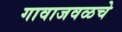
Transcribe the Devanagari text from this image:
गावाजवळचे